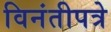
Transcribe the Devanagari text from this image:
विनंतीपत्रे